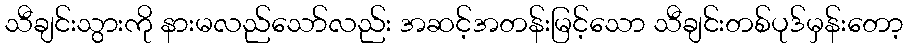
သီချင်းသွားကို နားမလည်သော်လည်း အဆင့်အတန်းမြင့်သော သီချင်းတစ်ပုဒ်မှန်းတော့